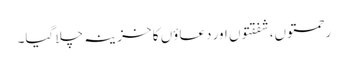
رحمتوں،شفقتوں اور دعاؤں کا خزینہ چلا گیا۔